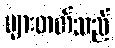
များတတ်သည်